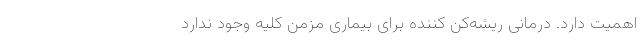
اهمیت دارد. درمانی ریشه‌کن کننده برای بیماری مزمن کلیه وجود ندارد